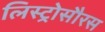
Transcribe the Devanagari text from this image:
लिस्ट्रोसौरस